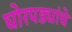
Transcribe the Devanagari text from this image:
घोरपड्यांचे